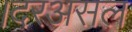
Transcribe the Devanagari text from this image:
।दरअसल